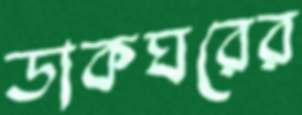
ডাকঘরের